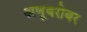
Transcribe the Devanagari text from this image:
अणूबरोबर